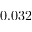
0 . 0 3 2